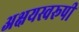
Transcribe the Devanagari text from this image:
अक्षयस्वरूपी